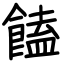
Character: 饁